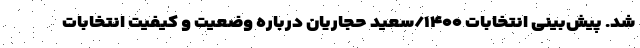
شد. پیش‌‌بینی انتخابات ۱۴۰۰/سعید حجاریان درباره وضعیت و کیفیت انتخابات